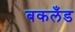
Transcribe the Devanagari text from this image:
बकलँड